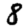
Digit: 8